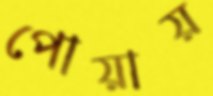
পোয়ায়